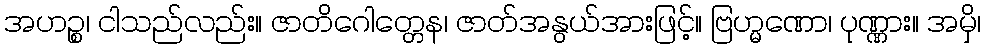
အဟဉ္စ၊ ငါသည်လည်း။ ဇာတိဂေါတ္တေန၊ ဇာတ်အနွယ်အားဖြင့်။ ဗြဟ္မဏော၊ ပုဏ္ဏား။ အမှိ၊